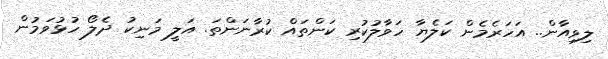
ލިވިއާން.. އަހަރެމެން ކަލެޔާ ހަވާލުކުރި ކަންތައް ކުރާނަންތަ. އަލީ މަނިކު ދެލޯ ހުޅުވަމުން